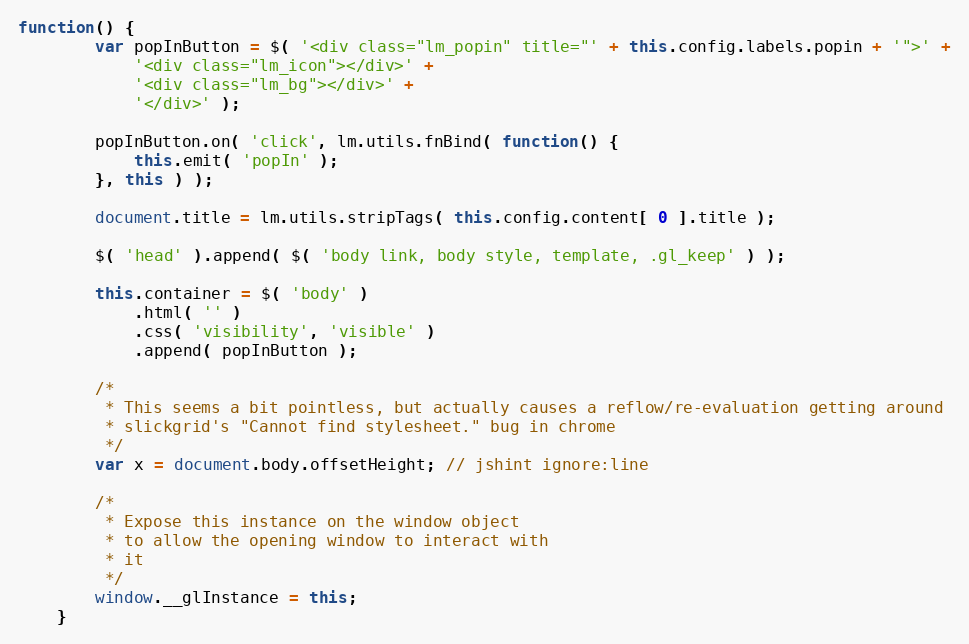
Language: JavaScript
function() {
		var popInButton = $( '<div class="lm_popin" title="' + this.config.labels.popin + '">' +
			'<div class="lm_icon"></div>' +
			'<div class="lm_bg"></div>' +
			'</div>' );

		popInButton.on( 'click', lm.utils.fnBind( function() {
			this.emit( 'popIn' );
		}, this ) );

		document.title = lm.utils.stripTags( this.config.content[ 0 ].title );

		$( 'head' ).append( $( 'body link, body style, template, .gl_keep' ) );

		this.container = $( 'body' )
			.html( '' )
			.css( 'visibility', 'visible' )
			.append( popInButton );

		/*
		 * This seems a bit pointless, but actually causes a reflow/re-evaluation getting around
		 * slickgrid's "Cannot find stylesheet." bug in chrome
		 */
		var x = document.body.offsetHeight; // jshint ignore:line

		/*
		 * Expose this instance on the window object
		 * to allow the opening window to interact with
		 * it
		 */
		window.__glInstance = this;
	}